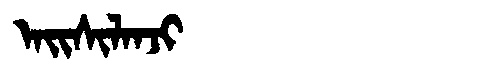
Manchu: ᠠᡳᠰᡳᠯᠠᠨᠵᡳ
Romanization: AISILANJI